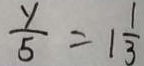
\frac { y } { 5 } = 1 \frac { 1 } { 3 }